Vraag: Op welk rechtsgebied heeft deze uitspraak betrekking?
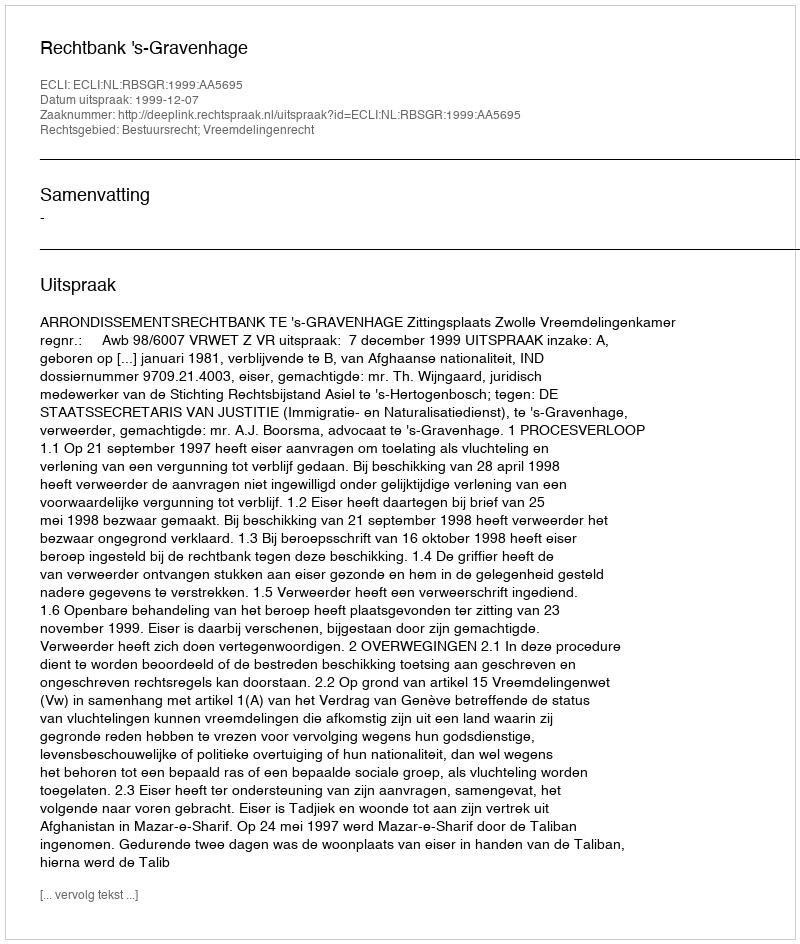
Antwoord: Bestuursrecht; Vreemdelingenrecht